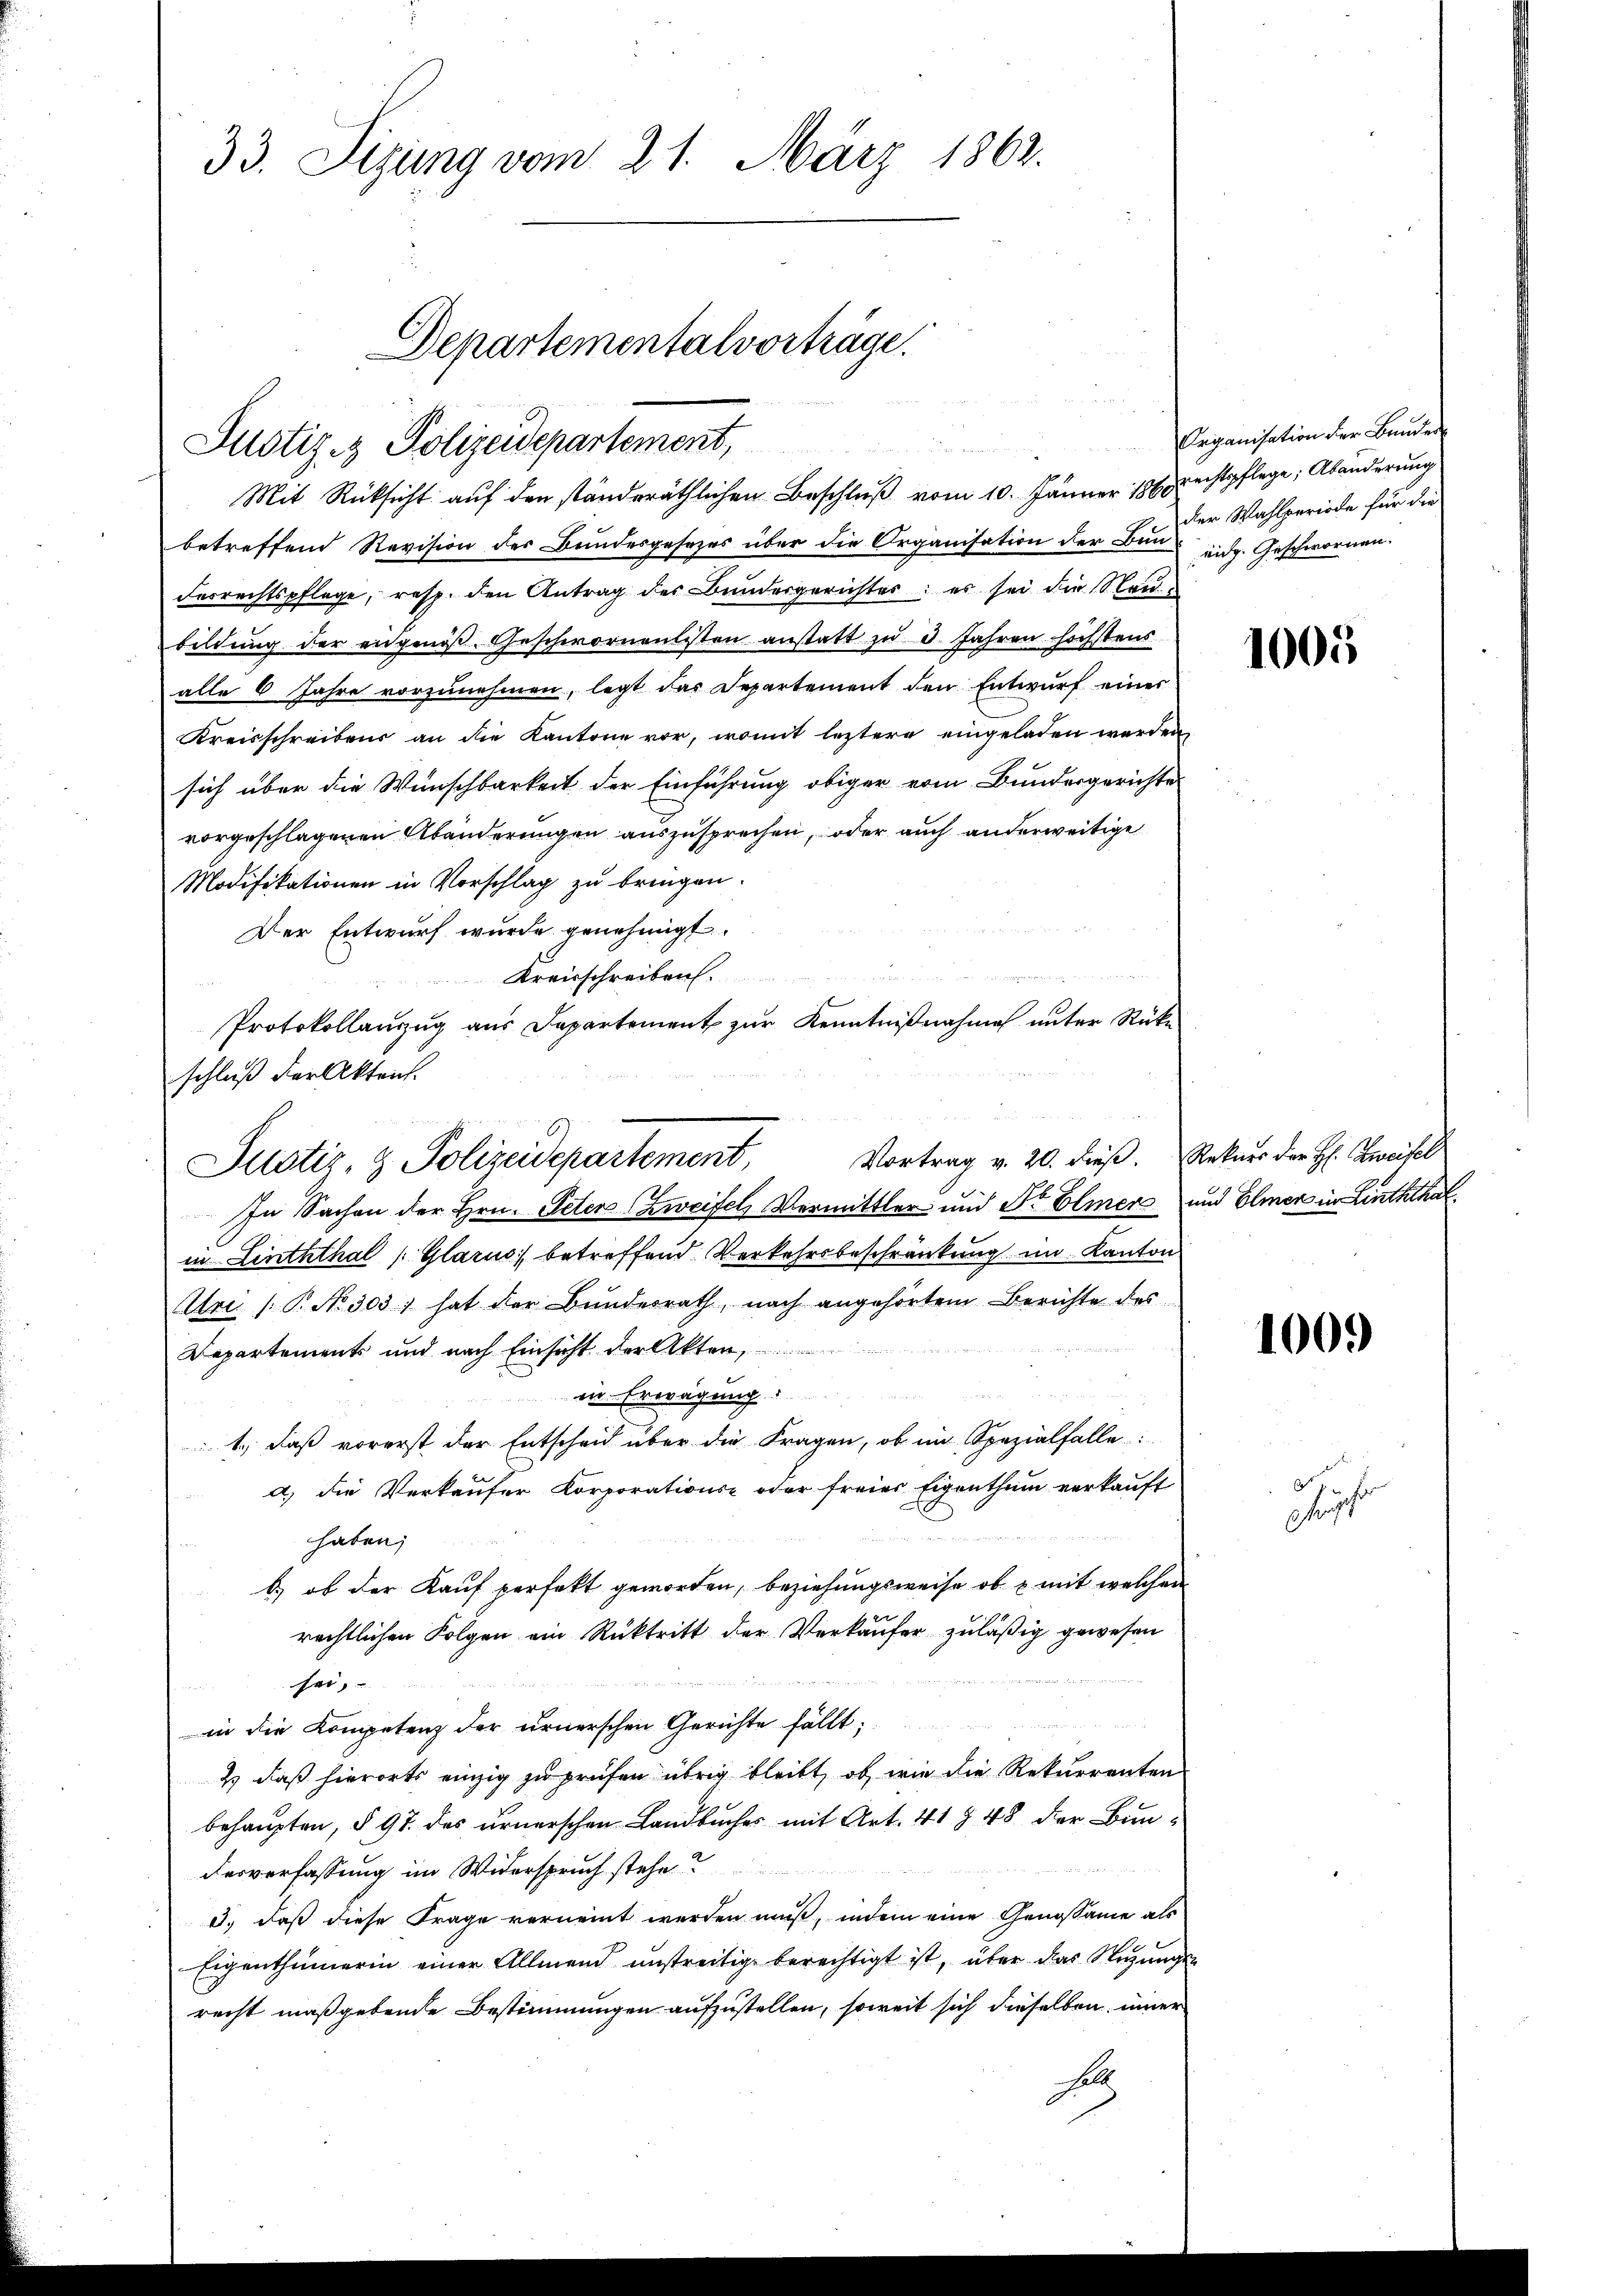
33. Sitzung vom 21. März 1863.

Departementalvorträge.
Justiz- & Polizeidepartement,
Mit Rücksicht auf den ständeräthlichen Beschluß vom 10. Jänner 1868 rechtspflege, Abänderung

betreffend Revision der Bundesgesezes über die Organisation der Bun eidg. Geschwornen.
derrechtspflege, resp. den Antrag des Bundergerichter: es sei die Neubildung der eidgenoß Geschwornentisten anstatt zu 3 Jahren höchstens
alle 6 Jahre vorzunehmen, legt das Departement den Entwurf einer
Kreisschreibens an die Kantone vor, womit leztere eingeladen werden,
sich über die Wunschbarkeit der Einführung obiger vom Bundergerichte
vorgeschlagenen Abänderungen auszusprechen, oder auch anderweitige
Modifikationen in Vorschlag zu bringen.
Der Entwurf wurde genehmigt.
n
Kreisschreiben.
Protokollanzug aus Departement zur Kenntnißnahme unter Rückschluß der Akten.

Vortrag v. 20. dieß. Rekurs der H. Zweifel
Justiz- & Polizeidepartement,

In Sachen der Hrn. Peter Zweifel Vermittler und Dr. Elmer und Elmer in Linththalin Linththal (Glarus betreffend Verkehrsbeschränkung im Kanton
Uri /: P. No 303) hat der Bŭndesrath, nach angehörtem Berichte des

Departements und nach Einsicht der Akten,
in Erwägung
1.) Daß vorerst der Entscheid über die Fragen, ob im Spezialfalle
a) die Verkaufer Korporations- oder freier Eigenthum verkauft
haben;
b.) ob der Kauf perfekt geworden, beziehungsweise ob & mit welchen
rechtlichen Folgen ein Rücktritt der Verkäufer zuläßig gewesen

sei,
in die Kompetenz der urnerschen Gerichte fällt,
& daß hierorts einzig zu prüfen übrig bleibt, ob wie die Rekurrenten
behaupten, § 97 des urnerschen Landbuches mit Art. 41 § 48 der Bun¬

derverfassung im Widerspruch stehe
3.) daß diese Frage verneint werden muß, indem eine Genossame als
Eigenthümerin einer Allmend unstreitig berechtigt ist, über das Regungen
recht maßgebende Bestimmungen aufzustellen, soweit sich dieselben inner
A

Organisation der Bunden
der Wahlperiode für die

1005

1000

S